Report on vaccination in Madras 1877-1894 - 1877-1894
Year: 1877
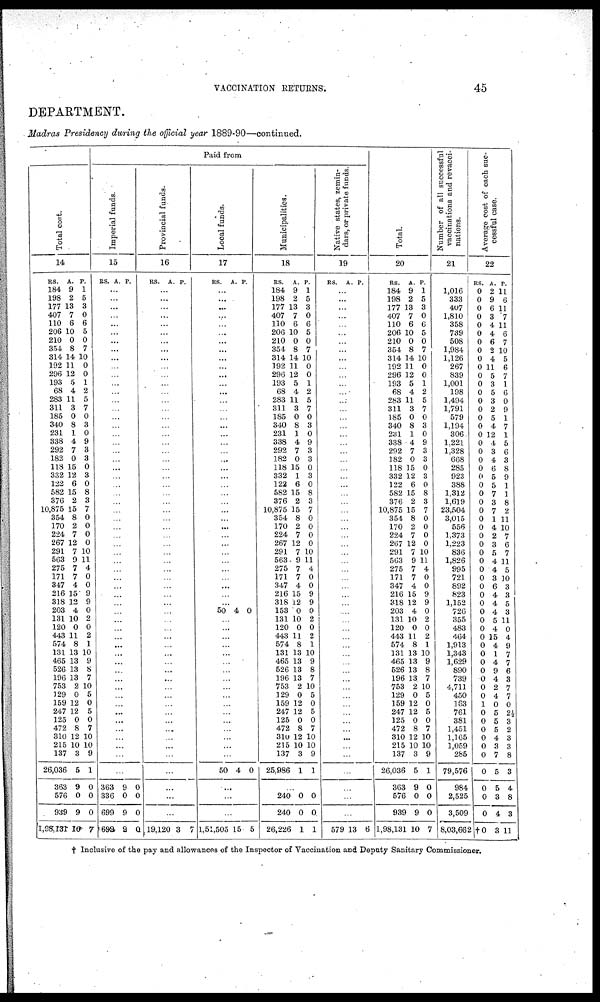
VACCINATION RETURNS.
45
DEPARTMENT.
Madras Presidency during the official year 1889-90—continued.
Total cost.
14
RS.
184
198
177
407
110
206
210
354
314
192
296
193
68
283
311
185
340
231
338
292
182
118
332
122
582
376
10,875
354
170
224
267
291
563
275
171
347
216
318
203
131
120
443
574
131
465
526
196
753
129
159
247
125
472
310
215
137
26,036
363
576
939
1,98,131
A.
9
2
3
7
6
10
0
8
14
11
12
5
4
11
3
0
8
1
4
7
0
15
12
6
15
2
15
8
2
7
12
7
9
7
7
4
15
12
4
10
0
11
8
13
13
13
13
2
0
12
12
0
8
12
10
3
5
9
0
9
10
P.
1 5
3
0
6
5
0
7
0
0
0
1
2
5
7
0
3
0
9
3
3
0
3
0
8
3
7
0
0
0
0
10
11
4
0
0
9
9
0
2
0
2
1
10
9
8
7
10
5
0
5
0
7
10
10
9
1
0
0
0
7
Paid from
Imperial funds.
15
RS.
A. P.
...
...
...
... ...
...
...
...
...
...
...
...
...
...
...
...
...
...
...
...
...
...
...
...
...
...
...
...
...
...
...
...
...
...
...
...
...
...
...
...
...
...
...
...
...
...
...
...
...
...
...
...
...
...
...
...
...
363
336
699
699
9
0
9
9
0
0
0
0
Provincial funds.
16
RS.
A. P.
...
...
...
...
...
...
...
...
...
...
...
...
...
...
...
...
...
...
...
...
...
...
...
...
...
...
...
...
...
...
...
...
...
...
...
...
...
...
...
...
...
...
...
...
...
...
...
...
...
...
...
...
...
...
...
...
...
...
...
...
19,120 3 7
Local funds.
17
RS.
A.
P.
...
...
...
... ...
...
...
...
...
...
...
...
...
...
...
...
...
...
...
...
...
...
...
...
...
...
...
...
...
...
...
...
...
...
...
...
...
... 50 4 0
...
...
...
...
...
...
...
...
...
...
...
...
...
...
...
...
...
50 4 0
...
...
...
1,51,505 15 5
Municipalities.
18
RS.
184
198
177
407
110
206
210
354
314
192
296
193
68
283
311
185
340
231
338
292
182
118
332
122
582
376
10,875
354
170
224
267
291
563
275
171
347
216
318
153
131
120
443
574
131
465
526
196
753
129
159
247
125
472
310
215
137
25,986
A.
9
2
13
7
6
10
0
8
14
11
12
5
4
11
3
0
8
1
4
7
0
15
1
6
15
2
15
8
2
7
12
7
9
7
7
4
15
12
0
10
0
11
8
13
13
13
13
2
0
12
12
0
8
12
10
3
1
P.
1
5
3
0
6
5
0
7
10
0
0
1
2
5
7
0
3
0
9
3
3
0
3
0
8
3
7
0
0
0
0
10
11
4
0
0
9
9
0
2
0
2
1
10
9
8
7
10
5
0
5
0
7
10
10
9
1
...
240
240
26,226
0
0
1
0
0
1
Native states, zemin-
dars, or private funds.
19
RS. A.
P.
...
...
...
...
...
...
...
...
...
...
...
...
...
...
...
...
...
...
...
...
...
...
...
...
...
...
...
...
...
...
...
...
...
...
...
...
...
...
...
...
...
...
...
...
...
...
...
...
...
...
...
...
...
...
...
...
...
...
...
579 13 6
Total.
20
RS.
184
198
177
407
110
206
210
354
314
192
296
193
68
283
311
185
340
231
338
292
182
118
332
122
582
376
10,875
354
170
224
267
291
563
275
171
347
216
318
203
131
120
443
574
131
465
526
196
753
129
159
247
125
472
310
215
137
26,036
363
576
939
1,98,131
A.
9
2
13
7
6
10
0
8
14
11
12
5
4
11
3
0
8
1
4
7
0
15
12
6
15
2
15
8
2
7
12
7
9
7
7
4
15
12
4
10
0
11
8
13
13
13
13
2
0
12
12
0
8
12
10
3
5
9
0
9
10
P.
1
5
3
0
6
5
0
7
10
0
0
1
2
5
7
0
3
0
9
3
3
0
3
0
8
3
7
0
0
0
0
10
11
4
0
0
9
9
0
2
0
2
1
10
9
8
7
10
5
0
5
0
7
10
10
9
1
0
0
0
7
Number of all successful
vaccinations and revacci-
nations.
21
1,016
333
407
1,810
358
739
508
1,984
1,126
267
839
1,001
198
1,494
1,791
579
1,194
306.
1,221
1,328
668
285
923
388
1,312
1,619
23,504
3,015
556
1,373
1,223
836
1,826
995
721
892
823
1,152
726
355
483
464
1,913
1,343
1,629
890
739
4,711
450
163
761
381
1,451
1,165
1,059
285
79,576
984
2,525
3,509
8,03,662
Average cost of each suc-
cessful case.
22
RS.
0
0
0
0
0
0
0
0
0
0
0
0
0
0
0
0
0
0
0
0
0
0
0
0
0
0
0
0
0
0
0
0
0
0
0
0
0
0
0
0
0
0
0
0
0
0
0
0
0
1
0
0
0
0
0
0
0
0
0
0
†0
A.
2
9
6
3
4
4
6
2
4
11
5
3
5
3
2
5
4
12
4
3
4
6
5
5
7
3
7
1
4
2
3
5
4
4
3
6
4
4
4
5
4
15
4
1
4
9
4
2
4
0
5
5
5
4
3
7
5
5
3
4
3
P.
11
6
11
7
11
6
7
10
5
6
7
1
6
0
9
1
7
1
5
6
3
8
9
1
1
8
2
11
10
7
6
7
11
5
10
3
3
5
3
11
0
4
9
7
7
6
3
7
7
0
2½
3
2
3
3
8
3
4
8
3
11
† Inclusive of the pay and allowances of the Inspector of Vaccination and Deputy Sanitary Commissioner.